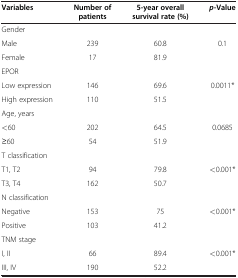
<table><thead><tr><td><b>Variables</b></td><td><b>Number of patients</b></td><td><b>5-year overall survival rate (%)</b></td><td><b><i>p-</i>Value</b></td></tr></thead><tbody><tr><td colspan="4">Gender</td></tr><tr><td>Male</td><td>239</td><td>60.8</td><td>0.1</td></tr><tr><td>Female</td><td>17</td><td>81.9</td><td> </td></tr><tr><td colspan="4">EPOR</td></tr><tr><td>Low expression</td><td>146</td><td>69.6</td><td>0.0011*</td></tr><tr><td>High expression</td><td>110</td><td>51.5</td><td> </td></tr><tr><td colspan="4">Age, years</td></tr><tr><td>&lt;60</td><td>202</td><td>64.5</td><td>0.0685</td></tr><tr><td>≥60</td><td>54</td><td>51.9</td><td> </td></tr><tr><td colspan="4">T classification</td></tr><tr><td>T1, T2</td><td>94</td><td>79.8</td><td>&lt;0.001*</td></tr><tr><td>T3, T4</td><td>162</td><td>50.7</td><td> </td></tr><tr><td colspan="4">N classification</td></tr><tr><td>Negative</td><td>153</td><td>75</td><td>&lt;0.001*</td></tr><tr><td>Positive</td><td>103</td><td>41.2</td><td> </td></tr><tr><td colspan="4">TNM stage</td></tr><tr><td>I, II</td><td>66</td><td>89.4</td><td>&lt;0.001*</td></tr><tr><td>III, IV</td><td>190</td><td>52.2</td><td> </td></tr></tbody></table>